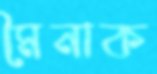
মৈনাক